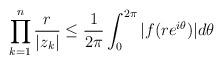
LaTeX: \begin{align*}\prod^{n}_{k=1}\frac{r}{|z_k|}\leq \frac{1}{2\pi}\int^{2\pi}_0|f(re^{i\theta})|d \theta\end{align*}